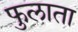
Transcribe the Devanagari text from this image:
फुलाता